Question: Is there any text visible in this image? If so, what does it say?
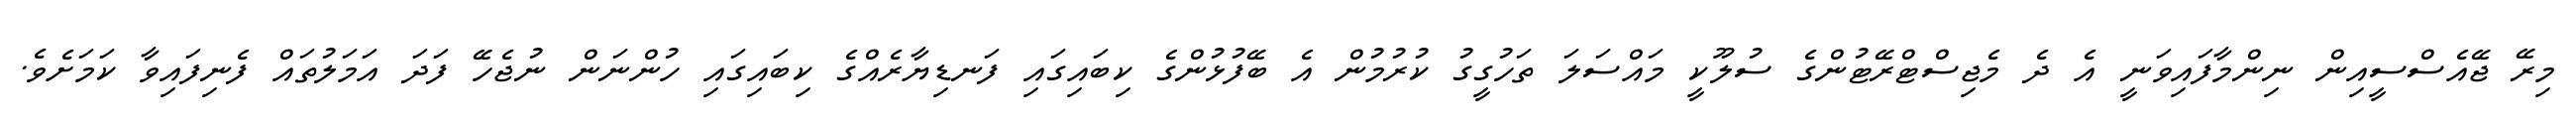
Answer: މިރޭ ޖޭއެސްސީއިން ނިންމާފައިވަނީ އެ ދެ މެޖިސްޓްރޭޓުންގެ ސުލޫކީ މައްސަލަ ތަހުގީގު ކުރުމުން އެ ބޭފުޅުންގެ ކިބައިގައި ފަނޑިޔާރެއްގެ ކިބައިގައި ހުންނަން ނުޖެހޭ ފަދަ އަމަލުތައް ފެނިފައިވާ ކަމަށެވެ.